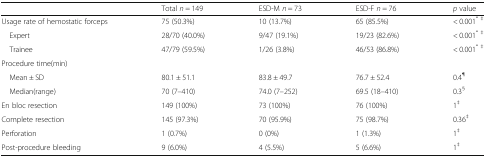
<table><thead><tr><td></td><td><b>Total <i>n</i> = 149</b></td><td><b>ESD-M <i>n</i> = 73</b></td><td><b>ESD-F <i>n</i> = 76</b></td><td><b><i>p</i> value</b></td></tr></thead><tbody><tr><td>Usage rate of hemostatic forceps</td><td>75 (50.3%)</td><td>10 (13.7%)</td><td>65 (85.5%)</td><td>&lt; 0.001<sup>* ‡</sup></td></tr><tr><td> Expert</td><td>28/70 (40.0%)</td><td>9/47 (19.1%)</td><td>19/23 (82.6%)</td><td>&lt; 0.001<sup>* ‡</sup></td></tr><tr><td> Trainee</td><td>47/79 (59.5%)</td><td>1/26 (3.8%)</td><td>46/53 (86.8%)</td><td>&lt; 0.001<sup>* ‡</sup></td></tr><tr><td>Procedure time(min)</td><td></td><td></td><td></td><td></td></tr><tr><td> Mean ± SD</td><td>80.1 ± 51.1</td><td>83.8 ± 49.7</td><td>76.7 ± 52.4</td><td>0.4<sup>¶</sup></td></tr><tr><td> Median(range)</td><td>70 (7–410)</td><td>74.0 (7–252)</td><td>69.5 (18–410)</td><td>0.3<sup>§</sup></td></tr><tr><td>En bloc resection</td><td>149 (100%)</td><td>73 (100%)</td><td>76 (100%)</td><td>1<sup>‡</sup></td></tr><tr><td>Complete resection</td><td>145 (97.3%)</td><td>70 (95.9%)</td><td>75 (98.7%)</td><td>0.36<sup>‡</sup></td></tr><tr><td>Perforation</td><td>1 (0.7%)</td><td>0 (0%)</td><td>1 (1.3%)</td><td>1<sup>‡</sup></td></tr><tr><td>Post-procedure bleeding</td><td>9 (6.0%)</td><td>4 (5.5%)</td><td>5 (6.6%)</td><td>1<sup>‡</sup></td></tr></tbody></table>